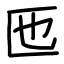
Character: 匜